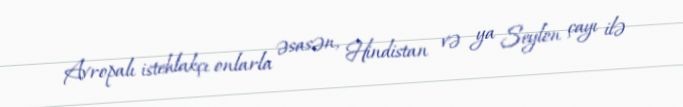
Avropalı istehlakçı onlarla əsasən, Hindistan və ya Seylon çayı ilə